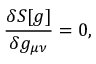
\frac { \delta S [ g ] } { \delta g _ { \mu \nu } } = 0 ,